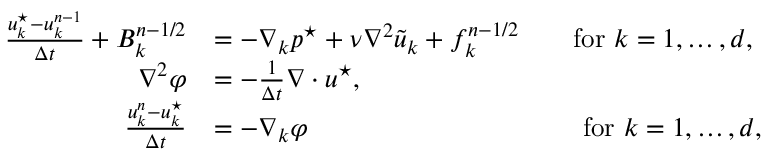
\begin{array} { r l } { \frac { u _ { k } ^ { \star } - u _ { k } ^ { n - 1 } } { \Delta t } + B _ { k } ^ { n - 1 / 2 } } & { = - \nabla _ { k } p ^ { \star } + \nu { \nabla } ^ { 2 } \tilde { u } _ { k } + f _ { k } ^ { n - 1 / 2 } \qquad \mathrm { f o r ~ } k = 1 , \dots , d , } \\ { { \nabla } ^ { 2 } \varphi } & { = - \frac { 1 } { \Delta t } \nabla \cdot \b u ^ { \star } , } \\ { \frac { u _ { k } ^ { n } - u _ { k } ^ { \star } } { \Delta t } } & { = - { \nabla } _ { k } \varphi \qquad \qquad \qquad \qquad \qquad \, \mathrm { f o r ~ } k = 1 , \dots , d , } \end{array}